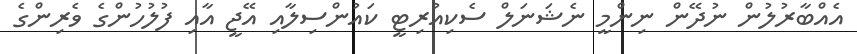
އެއްބާރުލުން ނުދޭން ނިންމީ ނެޝަނަލް ސެކިއުރިޓީ ކައުންސިލާއި އޭޖީ އާއި ފުލުހުންގެ ވެރިންގެ